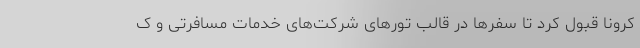
کرونا قبول کرد تا سفرها در قالب تورهای شرکت‌های خدمات مسافرتی و ک